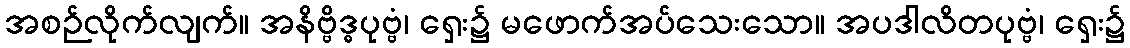
အစဉ်လိုက်လျက်။ အနိဗ္ဗိဒ္ဓပုဗ္ဗံ၊ ရှေး၌ မဖောက်အပ်သေးသော။ အပဒါလိတပုဗ္ဗံ၊ ရှေး၌